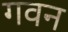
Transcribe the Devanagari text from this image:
गवन